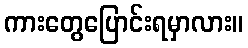
ကားတွေပြောင်းရမှာလား။